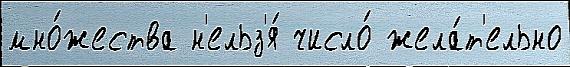
мно́жества н'ельз'я́ число́ жела́т'ельно